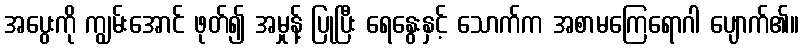
အပွေးကို ကျွမ်းအောင် ဖုတ်၍ အမှုန့် ပြုပြီး ရေနွေးနှင့် သောက်က အစာမကြေရောဂါ ပျောက်၏။